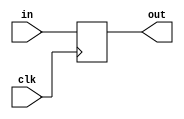
module coreir_reg #(
    parameter width = 1,
    parameter clk_posedge = 1,
    parameter init = 1
) (
    input clk,
    input [width-1:0] in,
    output [width-1:0] out
);
  reg [width-1:0] outReg=init;
  wire real_clk;
  assign real_clk = clk_posedge ? clk : ~clk;
  always @(posedge real_clk) begin
    outReg <= in;
  end
  assign out = outReg;
endmodule

module coreir_const #(
    parameter width = 1,
    parameter value = 1
) (
    output [width-1:0] out
);
  assign out = value;
endmodule

module coreir_add #(
    parameter width = 1
) (
    input [width-1:0] in0,
    input [width-1:0] in1,
    output [width-1:0] out
);
  assign out = in0 + in1;
endmodule

module corebit_const #(
    parameter value = 1
) (
    output out
);
  assign out = value;
endmodule

module Add8_cout (
    input [7:0] I0,
    input [7:0] I1,
    output [7:0] O,
    output COUT
);
wire bit_const_0_None_out;
wire [8:0] coreir_add9_inst0_out;
corebit_const #(
    .value(1'b0)
) bit_const_0_None (
    .out(bit_const_0_None_out)
);
wire [8:0] coreir_add9_inst0_in0;
assign coreir_add9_inst0_in0 = {bit_const_0_None_out,I0};
wire [8:0] coreir_add9_inst0_in1;
assign coreir_add9_inst0_in1 = {bit_const_0_None_out,I1};
coreir_add #(
    .width(9)
) coreir_add9_inst0 (
    .in0(coreir_add9_inst0_in0),
    .in1(coreir_add9_inst0_in1),
    .out(coreir_add9_inst0_out)
);
assign O = coreir_add9_inst0_out[7:0];
assign COUT = coreir_add9_inst0_out[8];
endmodule

module Counter8_COUT (
    output [7:0] O,
    output COUT,
    input CLK
);
wire [7:0] Add8_cout_inst0_O;
wire Add8_cout_inst0_COUT;
wire [7:0] const_1_8_out;
wire [7:0] reg_P_inst0_out;
Add8_cout Add8_cout_inst0 (
    .I0(reg_P_inst0_out),
    .I1(const_1_8_out),
    .O(Add8_cout_inst0_O),
    .COUT(Add8_cout_inst0_COUT)
);
coreir_const #(
    .value(8'h01),
    .width(8)
) const_1_8 (
    .out(const_1_8_out)
);
coreir_reg #(
    .clk_posedge(1'b1),
    .init(8'h00),
    .width(8)
) reg_P_inst0 (
    .clk(CLK),
    .in(Add8_cout_inst0_O),
    .out(reg_P_inst0_out)
);
assign O = reg_P_inst0_out;
assign COUT = Add8_cout_inst0_COUT;
endmodule